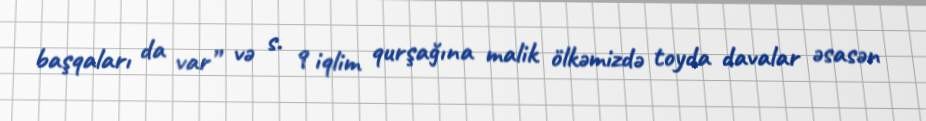
başqaları da var” və s. 9 iqlim qurşağına malik ölkəmizdə toyda davalar əsasən